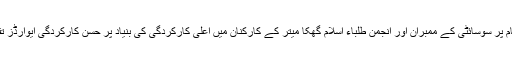
اجلاس کے اختتام پر سوسائٹی کے ممبران اور انجمن طلباء اسلام گھکا میتر کے کارکنان میں اعلیٰ کارکردگی کی بنیاد پر حسن کارکردگی ایوارڈز تقسیم کئے گئے ۔